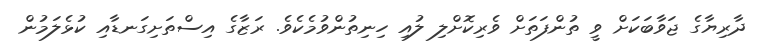
ދާރިޔާގެ ޖަވާބަކަށް ވީ ތުންފަތަށް ވެރިކޮށްލި ލުއި ހިނިތުންވުމެކެވެ. ރަޒާގެ އިސްތަށިގަނޑާއި ކުޅެލަމުން